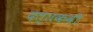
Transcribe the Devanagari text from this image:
दत्तकवी